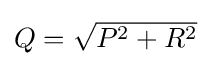
{\textstyle Q={\sqrt {P^{2}+R^{2}}}}